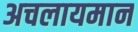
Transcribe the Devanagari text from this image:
अचलायमान